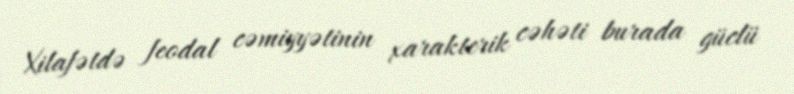
Xilafətdə feodal cəmiyyətinin xarakterik cəhəti burada güclü